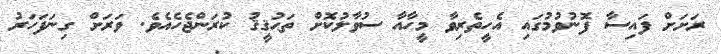
ރަށަށް ފައިސާ ފޮނުވުމުގައި އެހީތެރިވާ މީހާއާ ސުވާލުކޮށް ތަޙުޤީޤު ކުރަންޖެހެއެވެ. ވަރަށް ގިނަފަހަރު